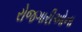
રોજગારીઓના